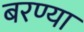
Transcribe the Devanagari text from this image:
बरण्या